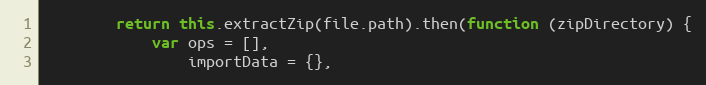
Language: JavaScript
        return this.extractZip(file.path).then(function (zipDirectory) {
            var ops = [],
                importData = {},